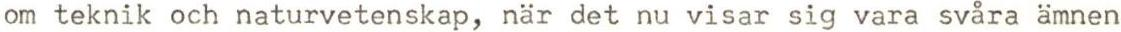
om teknik och naturvetenskap, när det nu visar sig vara svåra ämnen